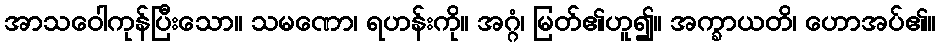
အာသဝေါကုန်ပြီးသော။ သမဏော၊ ရဟန်းကို။ အဂ္ဂံ၊ မြတ်၏ဟူ၍။ အက္ခာယတိ၊ ဟောအပ်၏။